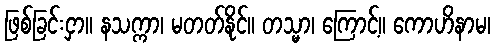
ဖြစ်ခြင်းငှာ။ နသက္ကာ၊ မတတ်နိုင်။ တသ္မာ၊ ကြောင့်။ ကောဟိနာမ၊